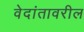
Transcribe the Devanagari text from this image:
वेदांतावरील